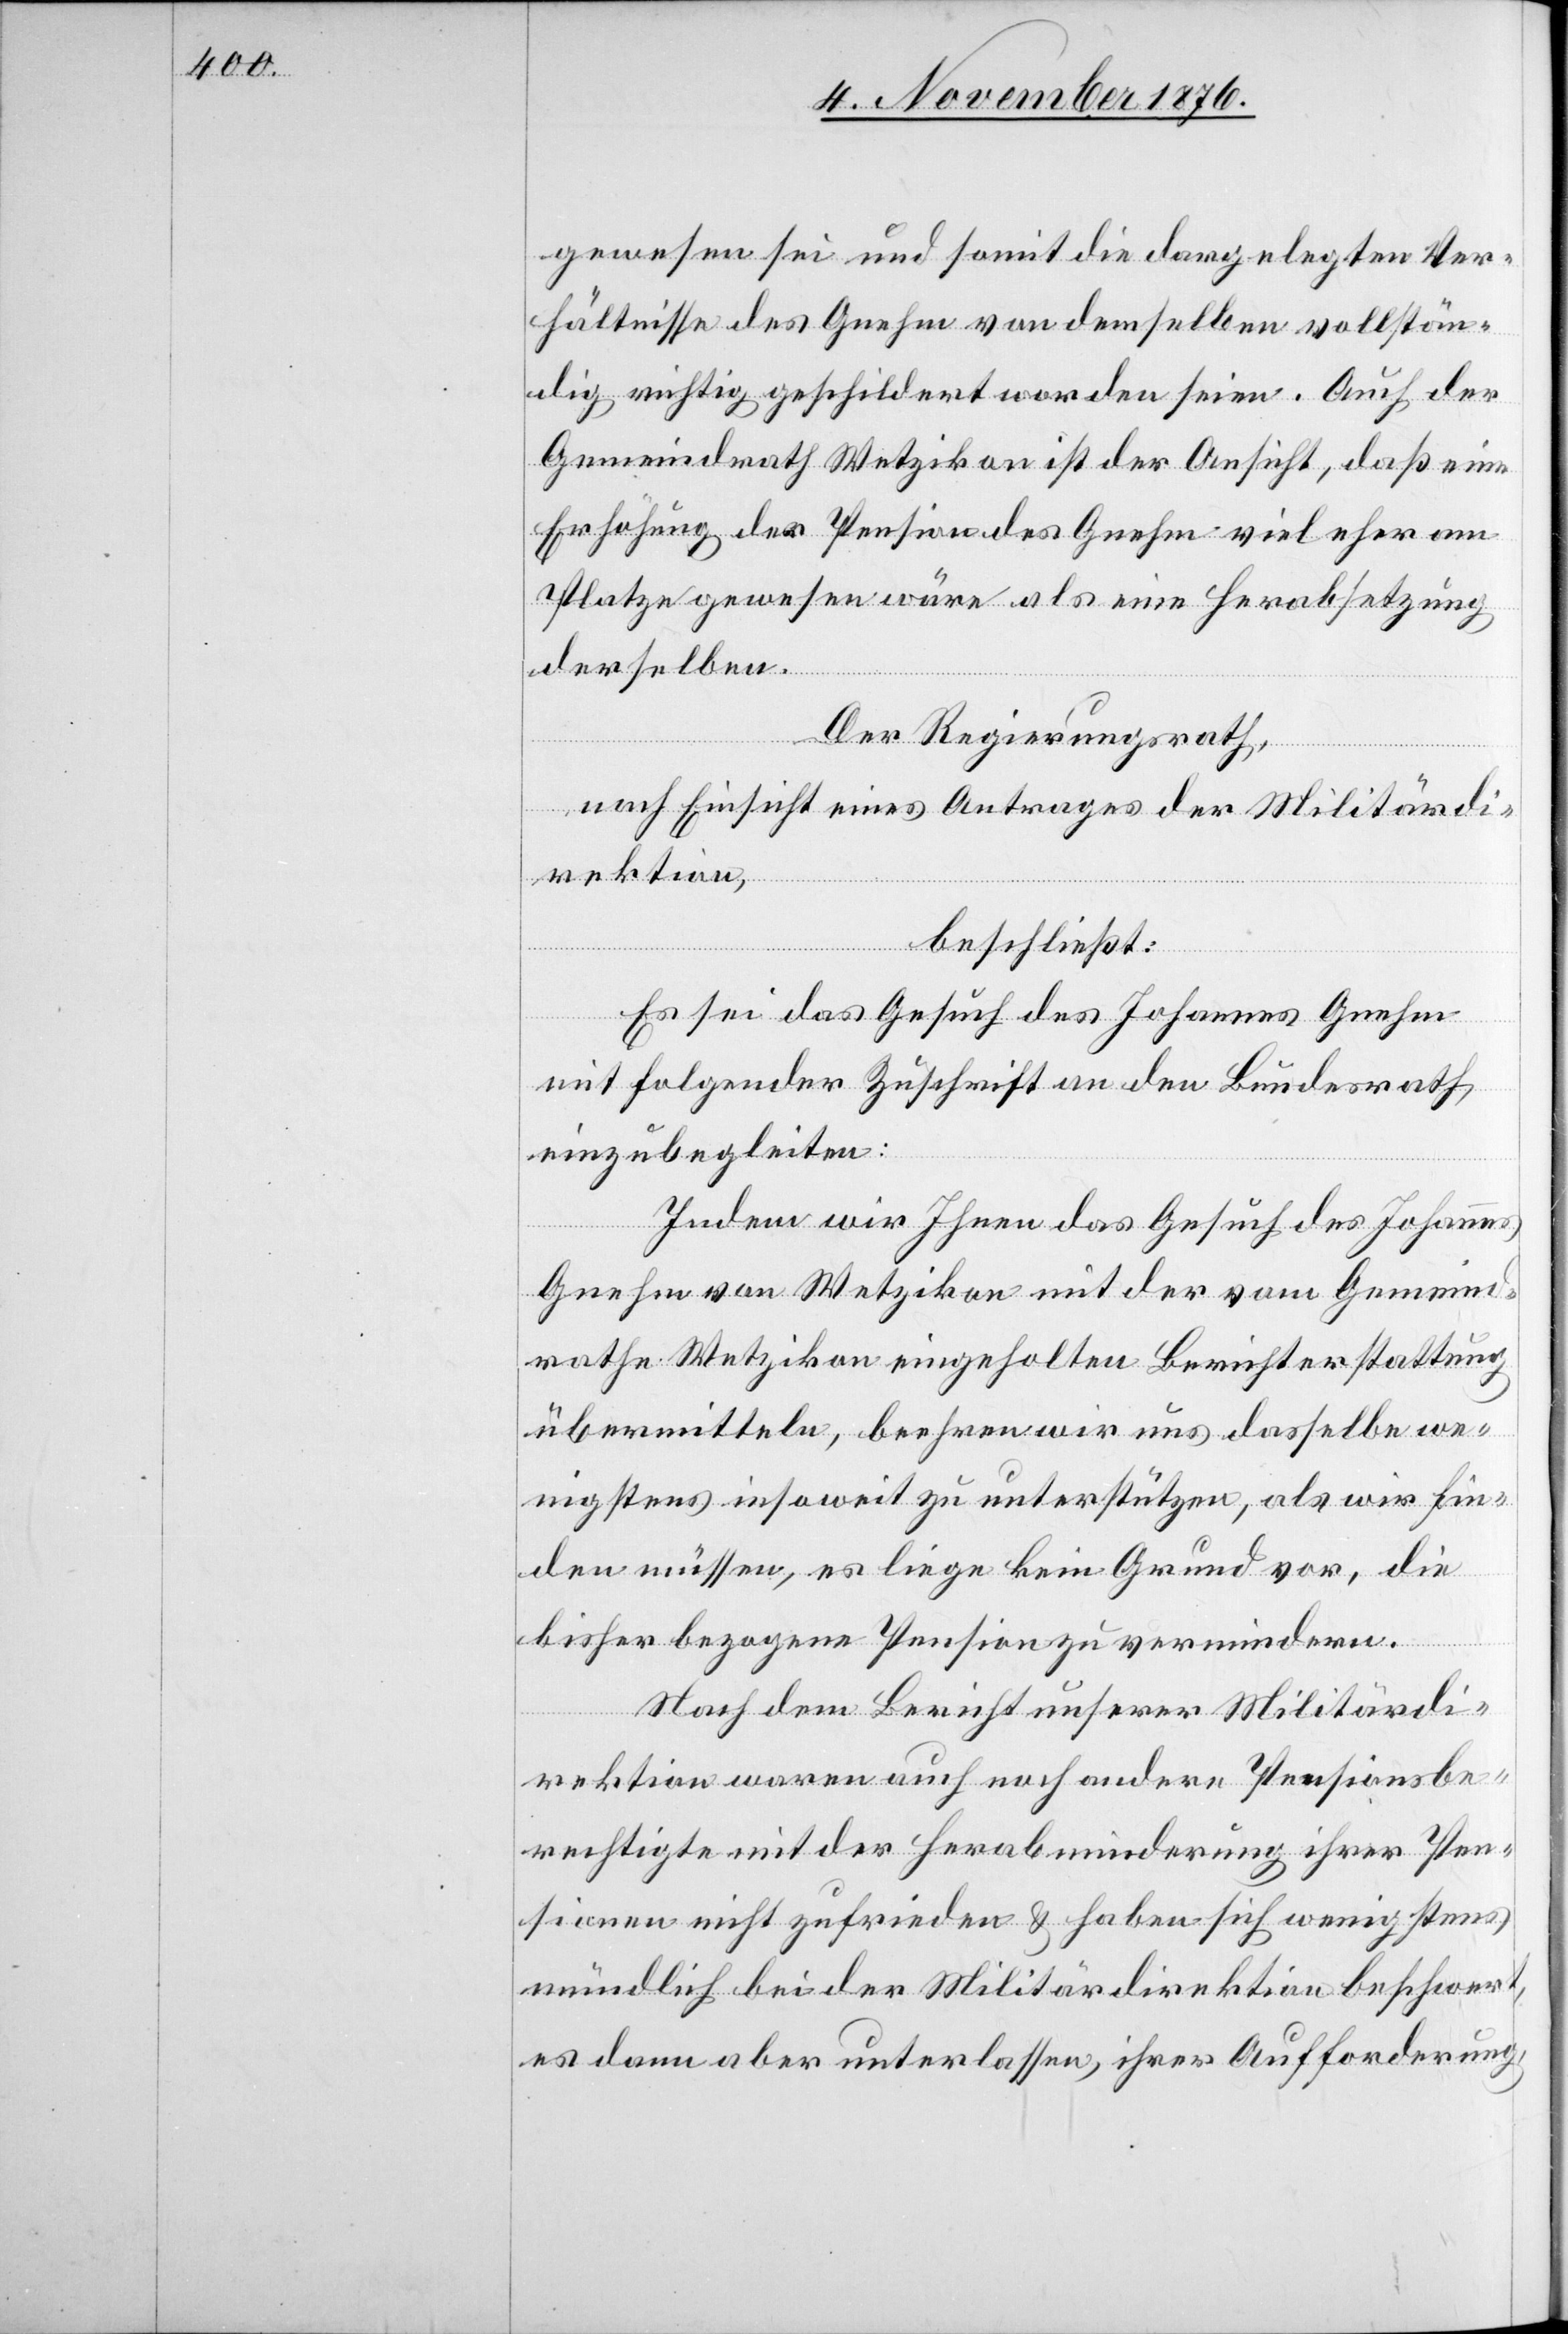
gewesen sei und somit die dargelegten Ver¬
hältnisse des Gnehm von demselben vollstän¬
dig richtig geschildert worden seien. Auch der
Gemeindrath Wetzikon ist der Ansicht, daß eine
Erhöhung der Pension des Gnehm viel eher am
Platze gewesen wäre als eine Herabsetzung
derselben.
Der Regierungsrath,
nach Einsicht eines Antrages der Militärdi¬
rektion,
beschließt:
Es sei das Gesuch des Johannes Gnehm
mit folgender Zuschrift an den Bundesrath
einzubegleiten:
Indem wir Ihnen das Gesuch des Johannes
Gnehm von Wetzikon mit der vom Gemeind¬
rathe Wetzikon eingeholten Berichterstattung
übermitteln, beehren wird uns dasselbe we¬
nigstens insoweit zu unterstützen, als wir fin¬
den müssen, es liege kein Grund vor, die
bisher bezogene Pension zu vermindern.
Nach dem Bericht unserer Militärdi¬
rektion waren auch noch andere Pensionsbe¬
rechtigte mit der Herabminderung ihrer Pen¬
sionen nicht zufrieden & haben sich wenigstens
mündlich bei der Militärdirektion beschwert,
es dann aber unterlassen, ihrer Aufforderung,